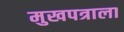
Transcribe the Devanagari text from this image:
मुखपत्राला